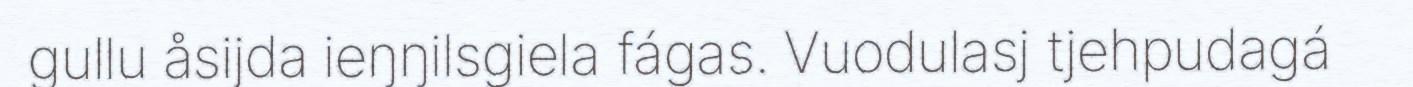
gullu åsijda ieŋŋilsgiela fágas. Vuodulasj tjehpudagá